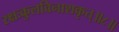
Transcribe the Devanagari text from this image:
रक्षःकुलविनाशकृत्‌॥८॥